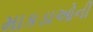
માકડાઓની